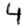
Digit: 4